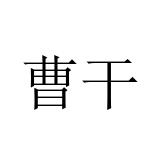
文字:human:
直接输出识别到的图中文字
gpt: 曹干